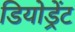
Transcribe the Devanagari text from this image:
डियोड्रेंट